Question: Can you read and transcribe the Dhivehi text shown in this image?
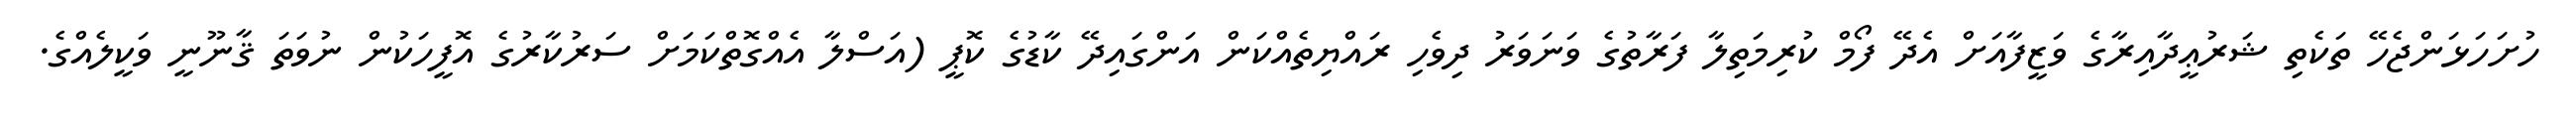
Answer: ހުށަހަޅަންޖެހޭ ތަކެތި ޝަރުޢީދާއިރާގެ ވަޒީފާއަށް އެދޭ ފޯމް ކުރިމަތިލާ ފަރާތުގެ ވަނަވަރު ދިވެހި ރައްޔިތެއްކަން އަންގައިދޭ ކާޑުގެ ކޮޕީ (އަސްލާ އެއްގޮތްކަމަށް ސަރުކާރުގެ އޮފީހަކުން ނުވަތަ ޤާނޫނީ ވަކީލެއްގެ.